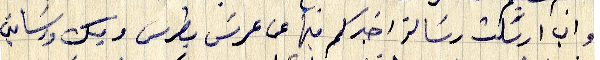
واني ارسلت رسَالة اخبركم فيها عن عرسَ بطرس وبيك ورسامتي